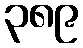
၃၈၉